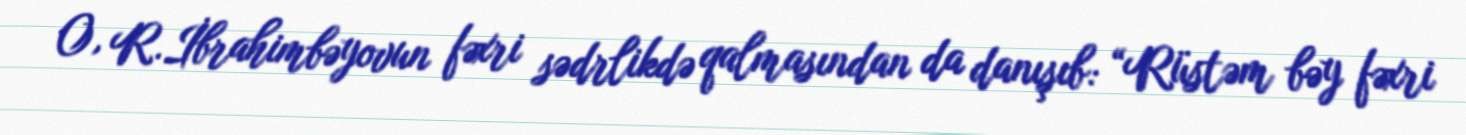
O, R.İbrahimbəyovun fəxri sədrlikdə qalmasından da danışıb: “Rüstəm bəy fəxri